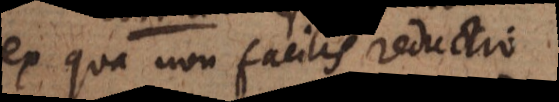
ex qua non facilis reductio.